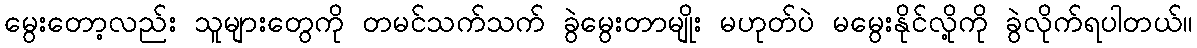
မွေးတော့လည်း သူများတွေကို တမင်သက်သက် ခွဲမွေးတာမျိုး မဟုတ်ပဲ မမွေးနိုင်လို့ကို ခွဲလိုက်ရပါတယ်။